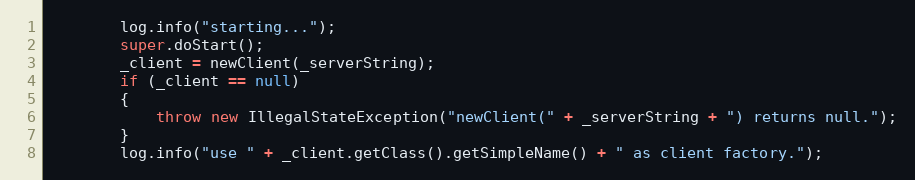
Language: Java
        log.info("starting...");
        super.doStart();
        _client = newClient(_serverString);
        if (_client == null)
        {
            throw new IllegalStateException("newClient(" + _serverString + ") returns null.");
        }
        log.info("use " + _client.getClass().getSimpleName() + " as client factory.");